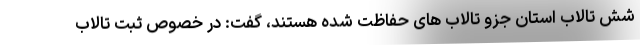
شش تالاب استان جزو تالاب های حفاظت شده هستند، گفت: در خصوص ثبت تالاب